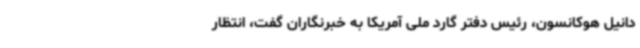
دانیل هوکانسون، رئیس دفتر گارد ملی آمریکا به خبرنگاران گفت، انتظار